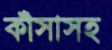
কাঁসাসহ